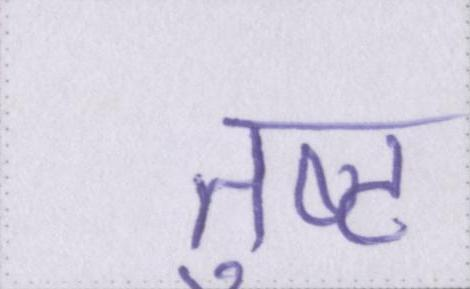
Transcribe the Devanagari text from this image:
तुष्ट